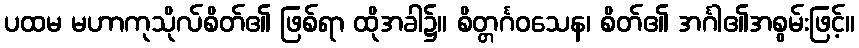
ပထမ မဟာကုသိုလ်စိတ်၏ ဖြစ်ရာ ထိုအခါ၌။ စိတ္တင်္ဂဝသေန၊ စိတ်၏ အင်္ဂါ၏အစွမ်းဖြင့်။